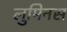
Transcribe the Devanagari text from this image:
लुमिनस